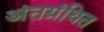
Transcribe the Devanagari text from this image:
अंतग्रंथित